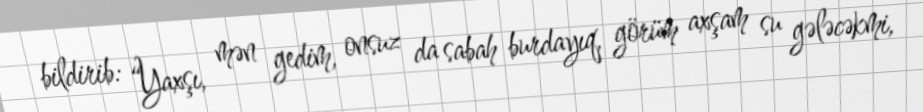
bildirib: “Yaxşı, mən gedim, onsuz da sabah burdayıq, görüm axşam su gələcəkmi,